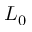
L _ { 0 }